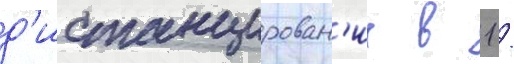
д'истанцирован'ие в 1 /